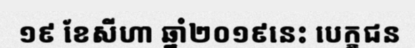
១៩ ខែសីហា ឆ្នាំ២០១៩នេះ បេក្ខជន